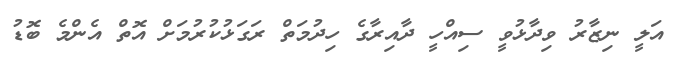
އަލީ ނިޒާރު ވިދާޅުވީ ސިއްހީ ދާއިރާގެ ހިދުމަތް ރަގަޅުކުރުމަށް އޮތް އެންމެ ބޮޑު